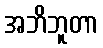
အဘိဘူတာ